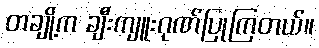
တချို့က ချီးကျူးဂုဏ်ပြုကြတယ်။